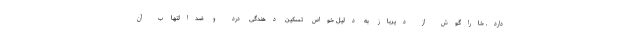
دارد. خاراگوش از دیرباز به دلیل خواص تسکین دهندگی درد و ضدالتهاب آن